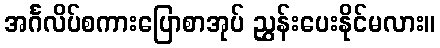
အင်္ဂလိပ်စကားပြောစာအုပ် ညွှန်းပေးနိုင်မလား။